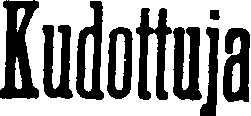
Kudottuja